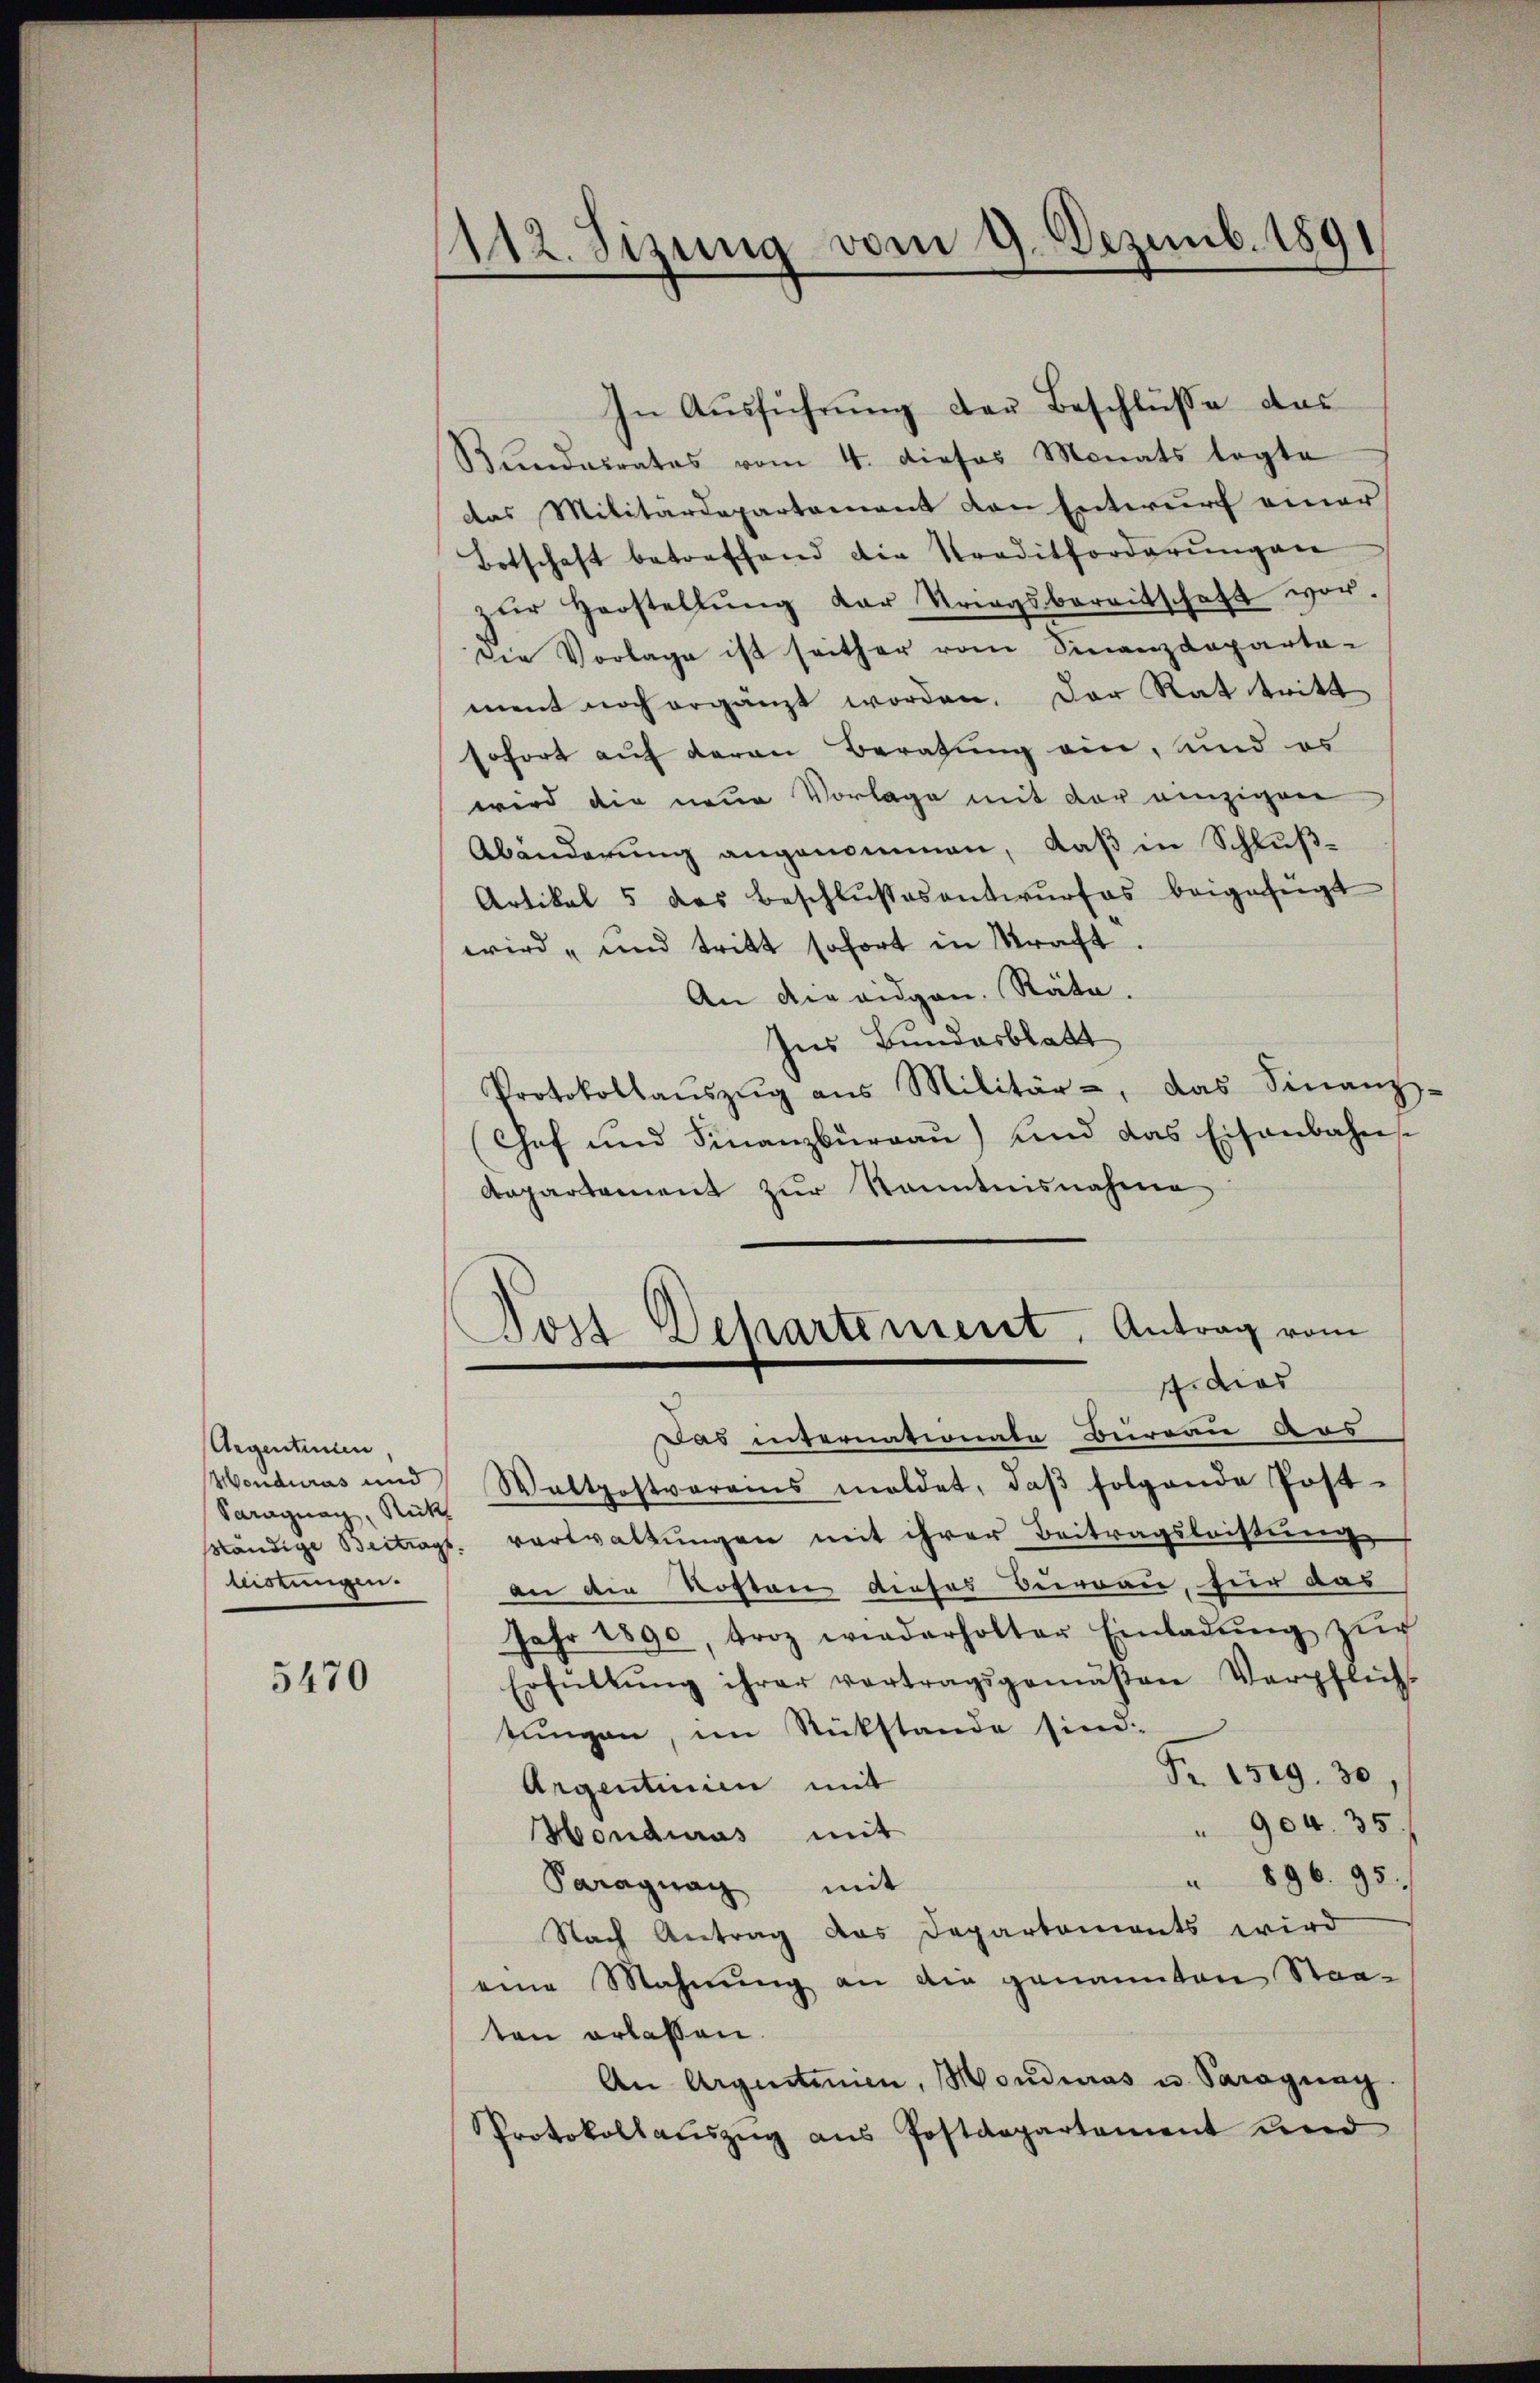
Argentimen
Monduras und
Saragung, Rück
leistungen.

5470

In Aŭsführŭng der Beschlüsse das
Bundesrates vom 4. dieses Monats legte
das Militärdepartement den Entwurf einer
Botschaft betreffend die Traditforderŭngen
zŭr Herstellŭng der Kriegsbereitschaft vor.
Die Vorlage ist seither vom Finanzdeparta-
ment noch ergänzt worden. Der Rat tritt
sofort auf deren Beratung ein, und es
wird die neue Vorlage mit der einzigen
Abänderung angenommen, daß in Schluß¬
Artikel 5 das Beschlŭβesentwŭrfes beigefügt
wird und tritt sofort in Straft.
An die eidgen. Räte.
Ins Bundesblatt
Protokollaŭszŭg ans Militär-, das Finanz-
Chef und Finanzbŭrgaŭ) und das Eisenbahn-
Aepartament zur Kenntnisnahme
Post Departement, Antrag vom
f. dies
Das internationate Beireau Aus
Waltpostverais meldet, daβ folgende Post-
sländige Beitragt. verwaltungen mit ihrer Beitragsleistung
an die Kosten dieses Burgau, für das
Jahr 1890, troz wiederholter Einladŭng zŭr
Erfüllŭng ihrer vertragsgemäβen Verpflich-
tungen, im Rückstande sind.
Pr. Isig. 30
Argentinie mit
904. 35.
Honduras mit
" 896. 95.
Paraguay mit
Nach Antrag das Departements wird
eine Mahnŭng an die genannten Staaten erlassen.
An Argentinien, Monduras u. Saragung.
Sprotokollaŭszŭg ans Postdepartement und

112. Sizung vom 9. Dezemb. 1891